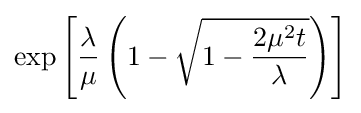
\exp \left[{{\frac {\lambda }{\mu }}\left(1-{\sqrt {1-{\frac {2\mu ^{2}t}{\lambda }}}}\right)}\right]